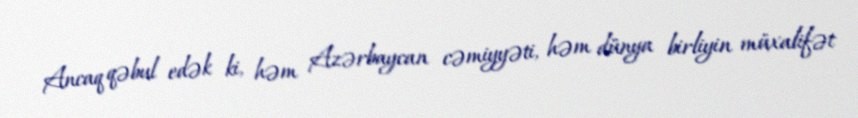
Ancaq qəbul edək ki, həm Azərbaycan cəmiyyəti, həm dünya birliyin müxalifət